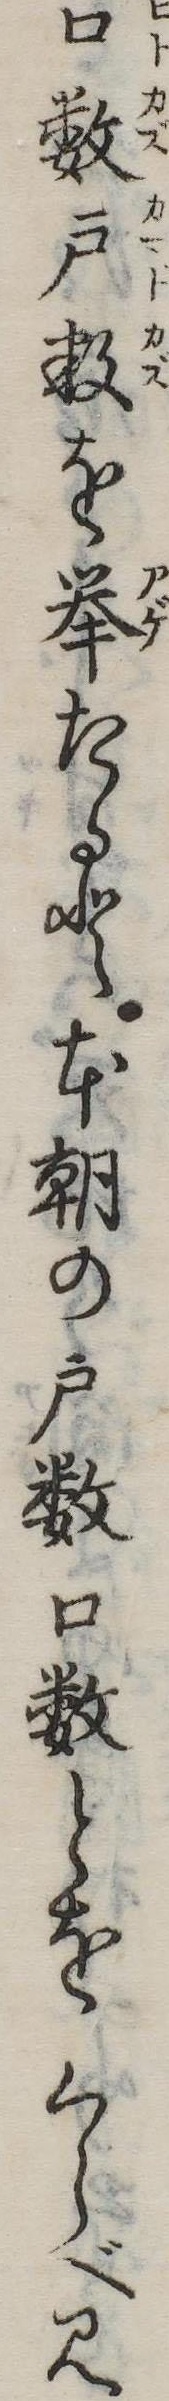
口数戸数を挙たると本朝の戸数口数とをくらべ見